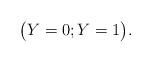
LaTeX: \begin{align*}\big( Y = 0; Y = 1 \big). \end{align*}